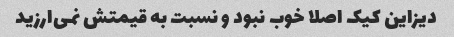
دیزاین کیک اصلا خوب نبود و نسبت به قیمتش نمی‌ارزید